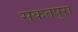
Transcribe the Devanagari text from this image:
सकतपुरा